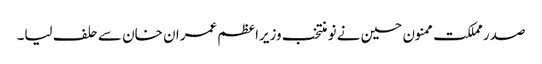
صدر مملکت ممنون حسین نے نو منتخب وزیراعظم عمران خان سے حلف لیا۔